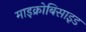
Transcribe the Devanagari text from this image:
माइक्रोबिसाइड